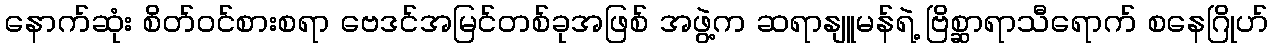
နောက်ဆုံး စိတ်ဝင်စားစရာ ဗေဒင်အမြင်တစ်ခုအဖြစ် အဖွဲ့က ဆရာနျူမန်ရဲ့ ဗြိစ္ဆာရာသီရောက် စနေဂြိုဟ်